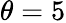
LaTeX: \theta=5